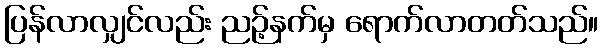
ပြန်လာလျှင်လည်း ညဉ့်နက်မှ ရောက်လာတတ်သည်။